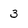
Character: 3